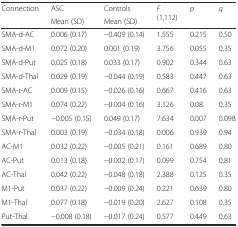
<table><thead><tr><td rowspan="2"><b>Connection</b></td><td><b>ASC</b></td><td><b>Controls</b></td><td rowspan="2"><b><i>F</i> (1,112)</b></td><td rowspan="2"><b><i>p</i></b></td><td rowspan="2"><b><i>q</i></b></td></tr><tr><td><b>Mean (SD)</b></td><td><b>Mean (SD)</b></td></tr></thead><tbody><tr><td>SMA-d-AC</td><td>0.006 (0.17)</td><td>−0.409 (0.14)</td><td>1.555</td><td>0.215</td><td>0.50</td></tr><tr><td>SMA-d-M1</td><td>0.072 (0.20)</td><td>0.001 (0.19)</td><td>3.756</td><td>0.055</td><td>0.35</td></tr><tr><td>SMA-d-Put</td><td>0.025 (0.18)</td><td>0.033 (0.17)</td><td>0.902</td><td>0.344</td><td>0.63</td></tr><tr><td>SMA-d-Thal</td><td>0.029 (0.19)</td><td>−0.044 (0.19)</td><td>0.583</td><td>0.447</td><td>0.63</td></tr><tr><td>SMA-r-AC</td><td>0.009 (0.15)</td><td>−0.026 (0.16)</td><td>0.667</td><td>0.416</td><td>0.63</td></tr><tr><td>SMA-r-M1</td><td>0.074 (0.22)</td><td>−0.004 (0.16)</td><td>3.126</td><td>0.08</td><td>0.35</td></tr><tr><td>SMA-r-Put</td><td>−0.005 (0.15)</td><td>0.049 (0.17)</td><td>7.634</td><td>0.007</td><td>0.098</td></tr><tr><td>SMA-r-Thal</td><td>0.003 (0.19)</td><td>−0.034 (0.18)</td><td>0.006</td><td>0.939</td><td>0.94</td></tr><tr><td>AC-M1</td><td>0.032 (0.22)</td><td>−0.005 (0.21)</td><td>0.161</td><td>0.689</td><td>0.80</td></tr><tr><td>AC-Put</td><td>0.013 (0.18)</td><td>−0.002 (0.17)</td><td>0.099</td><td>0.754</td><td>0.81</td></tr><tr><td>AC-Thal</td><td>0.042 (0.22)</td><td>−0.048 (0.18)</td><td>2.388</td><td>0.125</td><td>0.35</td></tr><tr><td>M1-Put</td><td>0.037 (0.22)</td><td>−0.009 (0.24)</td><td>0.221</td><td>0.639</td><td>0.80</td></tr><tr><td>M1-Thal</td><td>0.077 (0.18)</td><td>−0.019 (0.20)</td><td>2.627</td><td>0.108</td><td>0.35</td></tr><tr><td>Put-Thal</td><td>−0.008 (0.18)</td><td>−0.017 (0.24)</td><td>0.577</td><td>0.449</td><td>0.63</td></tr></tbody></table>